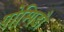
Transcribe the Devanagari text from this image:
पोम्पिडौ